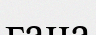
гана